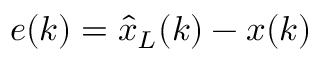
e ( k ) = { \hat { x } } _ { L } ( k ) - x ( k )